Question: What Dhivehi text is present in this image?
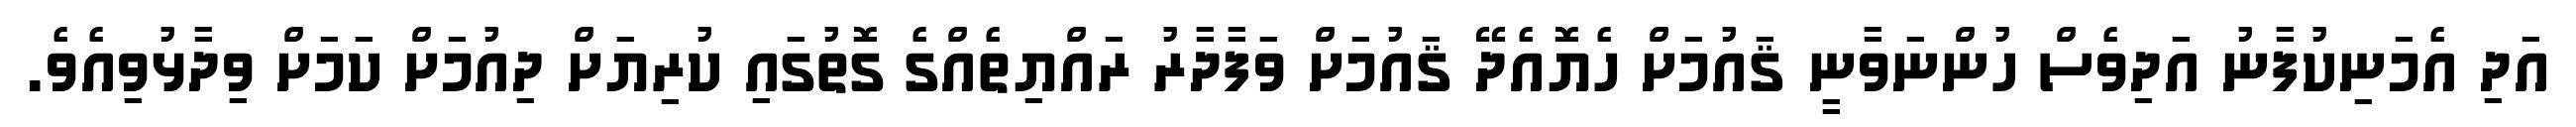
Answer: އަދި އެމަނިކުފާނު އަދިވެސް ހުންނަވާނީ ޤައުމަށް ހެޔޮއެދޭ ޤައުމަށް ވަފާދާރު ރައްޔިތެއްގެ ގޮތުގައި ކުރިޔަށް ދިއުމަށް ކަމަށް ވިދާޅުވިއެވެ.